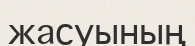
жасуының